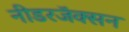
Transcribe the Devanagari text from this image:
नीडरजॅक्सन